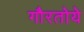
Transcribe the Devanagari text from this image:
गौरतोये